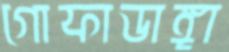
গোফাডাঙ্গা